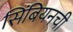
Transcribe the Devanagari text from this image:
सिंबियनची